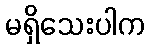
မရှိသေးပါက